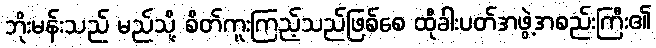
ဘိုးမန်းသည် မည်သို့ စိတ်ကူးကြည့်သည်ဖြစ်စေ ထိုခါးပတ်အဖွဲ့အစည်းကြီး၏